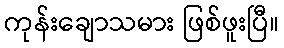
ကုန်းချောသမား ဖြစ်ဖူးပြီ။